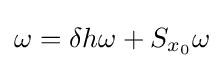
\omega =\delta h\omega +S_{x_{0}}\omega